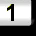
Digit: 1